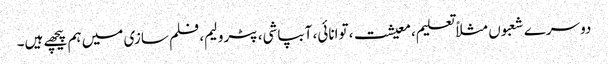
دوسرے شعبوں مثلاً تعلیم، معیشت، توانائی، آبپاشی، پٹرولیم، فلم سازی میں ہم پیچھے ہیں۔